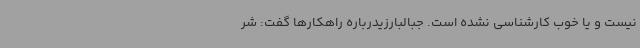
نیست و یا خوب کارشناسی نشده است. جبالبارزیدرباره راهکارها گفت: شر